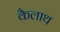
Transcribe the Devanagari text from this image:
कैलाथ